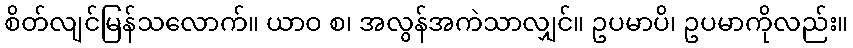
စိတ်လျင်မြန်သလောက်။ ယာဝ စ၊ အလွန်အကဲသာလျှင်။ ဥပမာပိ၊ ဥပမာကိုလည်း။